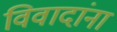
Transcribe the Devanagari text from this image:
विवादांना